Indian journal of veterinary science and animal husbandry - Volumes 22-23, 1952-1953
Year: 1952
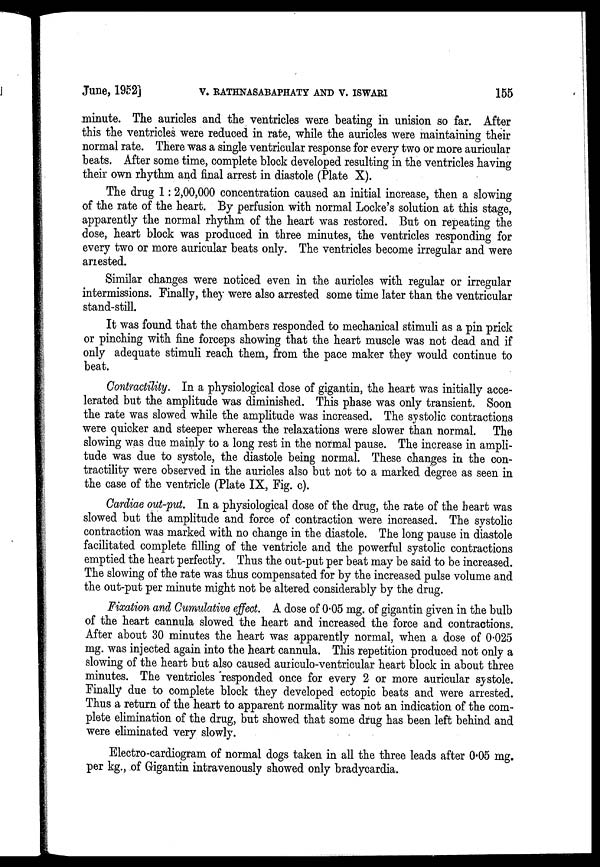
June, 1952]
V.
RATHNASABAPHATY
AND
V.
ISWARI
155
minute. The auricles and the ventricles were beating in unision so far. After
this the ventricles were reduced in rate, while the auricles were maintaining their
normal rate. There was a single ventricular response for every two or more auricular
beats. After some time, complete block developed resulting in the ventricles having
their own rhythm and final arrest in diastole (Plate X).
The drug 1 : 2,00,000 concentration caused an initial increase, then a slowing
of the rate of the heart. By perfusion with normal Locke's solution at this stage,
apparently the normal rhythm of the heart was restored. But on repeating the
dose, heart block was produced in three minutes, the ventricles responding for
every two or more auricular beats only. The ventricles become irregular and were
arrested.
Similar changes were noticed even in the auricles with regular or irregular
intermissions. Finally, they were also arrested some time later than the ventricular
stand-still.
It was found that the chambers responded to mechanical stimuli as a pin prick
or pinching with fine forceps showing that the heart muscle was not dead and if
only adequate stimuli reach them, from the pace maker they would continue to
beat.
Contractility. In a physiological dose of gigantin, the heart was initially acce-
lerated but the amplitude was diminished. This phase was only transient. Soon
the rate was slowed while the amplitude was increased. The systolic contractions
were quicker and steeper whereas the relaxations were slower than normal. The
slowing was due mainly to a long rest in the normal pause. The increase in ampli-
tude was due to systole, the diastole being normal. These changes in the con-
tractility were observed in the auricles also but not to a marked degree as seen in
the case of the ventricle (Plate IX, Fig. c).
Cardiae out-put. In a physiological dose of the drug, the rate of the heart was
slowed but the amplitude and force of contraction were increased. The systolic
contraction was marked with no change in the diastole. The long pause in diastole
facilitated complete filling of the ventricle and the powerful systolic contractions
emptied the heart perfectly. Thus the out-put per beat may be said to be increased.
The slowing of the rate was thus compensated for by the increased pulse volume and
the out-put per minute might not be altered considerably by the drug.
Fixation and Cumulative effect. A dose of 0.05 mg. of gigantin given in the bulb
of the heart cannula slowed the heart and increased the force and contractions.
After about 30 minutes the heart was apparently normal, when a dose of 0.025
mg. was injected again into the heart cannula. This repetition produced not only a
slowing of the heart but also caused auriculo-ventricular heart block in about three
minutes. The ventricles responded once for every 2 or more auricular systole.
Finally due to complete block they developed ectopic beats and were arrested.
Thus a return of the heart to apparent normality was not an indication of the com-
plete elimination of the drug, but showed that some drug has been left behind and
were eliminated very slowly.
Electro-cardiogram of normal dogs taken in all the three leads after 0.05 mg.
per kg., of Gigantin intravenously showed only bradycardia.